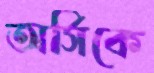
অর্সিকে